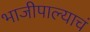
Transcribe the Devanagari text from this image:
भाजीपाल्याचं